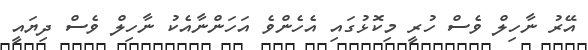
އޭރު ނާހިލް ވެސް ހުރީ މިކޮޅުގައި އެހެންވެ އަހަންނާއެކު ނާހިލް ވެސް ދިޔައީ